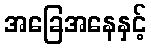
အခြေအနေနှင့်